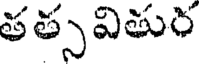
తత్స వితుర